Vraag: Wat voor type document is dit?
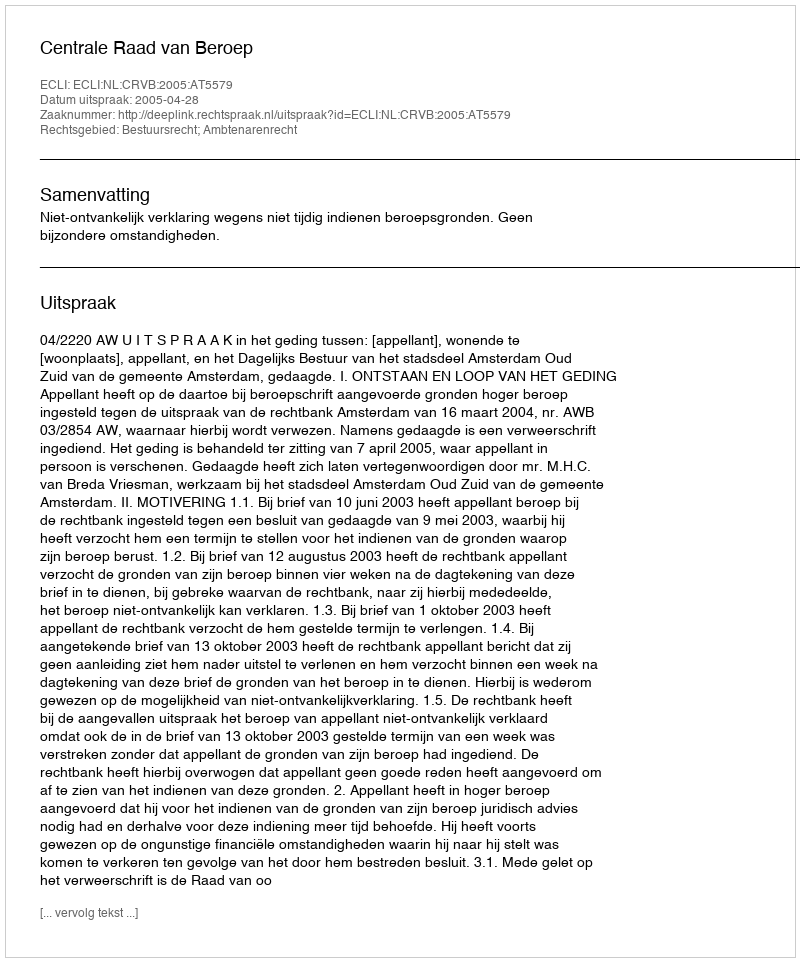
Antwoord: Uitspraak